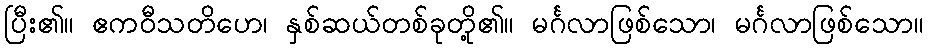
ပြီး၏။ ဧကဝီသတိဟေ၊ နှစ်ဆယ်တစ်ခုတို့၏။ မင်္ဂလာဖြစ်သော၊ မင်္ဂလာဖြစ်သော။